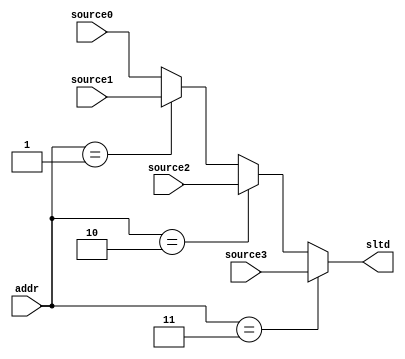
module MUX4(
    input [31:0] source0,
    input [31:0] source1,
    input [31:0] source2,
    input [31:0] source3,
    input [1:0] addr,
    output [31:0] sltd
);
    assign sltd = (addr == 2'b11) ? (source3) : 
                 ((addr == 2'b10) ? (source2) : 
                 ((addr == 2'b01) ? (source1) : 
                                    (source0)));

endmodule // MUX4